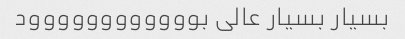
بسیار بسیار عالی بوووووووووووود